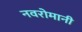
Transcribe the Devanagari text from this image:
नवरोमानी